Indian journal of veterinary science and animal husbandry - Volume 1,
Year: 1931
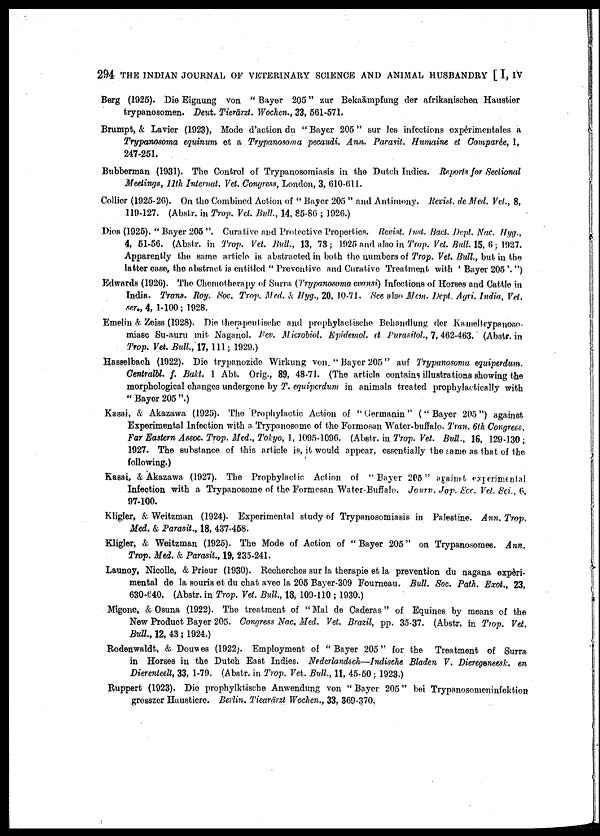
294 THE INDIAN JOURNAL OF VETERINARY SCIENCE AND ANIMAL HUSBANDRY [ I, IV
Berg (1925). Die Eignung von " Bayer 205" zur Bekaämpfung der afrikanischen Haustier
trypanosomen. Deut. Tierārzt. Wochen., 33, 561-571.
Brumpt, & Lavier (1923), Mode d'action du " Bayer 205" sur les infections expérimentales a
Trypanosoma equinum et a Trypanosoma pecaudi. Ann. Parasit. Humaine et Comparée, 1,
247-251.
Bubberman (1931). The Control of Trypanosomiasis in the Dutch Indies. Reports for Sectional
Meetings, 11th Internal. Vet. Congress, London, 3, 610-611.
Collier (1925-26). On the Combined Action of " Bayer 205 " and Antimony. Revist. de Med. Vet., 8,
119-127. (Abstr. in Trop. Vet. Bull, 14, 85-86 ; 1926.)
Dios (1925). "Bayer 205". Curative and Protective Properties. Revist. Inst. Bact. Dept. Nac. Hyg.,
4, 51-56. (Abstr. in Trop. Vet. Bull, 13, 73; 1925 and also in Trop. Vet. Bull. 15, 6; 1927.
Apparently the same article is abstracted in both the numbers of Trop. Vet. Bull., but in the
latter case, the abstract is entitled " Preventive and Curative Treatment with ' Bayer 205 '. ")
Edwards (1926). The Chemotherapy of Surra. (Trypanosoma evansi) Infections of Horses and Cattle in
India. Trans. Roy. Soc. Trop. Med. & Hyg., 20, 10.71. See also Mem. Dept. Agri. India, Vet,
ser.,4, 1-100; 1928.
Emelin & Zeiss (1928). Die therapeutische and prophylactische Behandlung der Kameltrypanoso¬
miasc Su-auru mit Naganol. Rev. Microbiol. Epidemol, et Purasitol., 7,462-463. (Abstr. in
Trop. Vet. Bull„ 17, 111; 1929.)
Haseelbach (1922). Die trypanozide Wirkung von. " Bayer 205" auf Trypanosoma equiperdum.
Centralbl. f. Bakl. 1 Abt. Orig., 89, 48.71. (The article contains illustrations showing the
morphological changes undergone by T. equiperdum in animals treated prophylactically with
" Bayer 205 ".)
Kasai, & Akazawa (1925). The Prophylactic Action of " Germanin" (" Bayer 205") against
Experimental Infection with a Trypanosome of the Formosan Water-buffalo. Tran, 6th Congress.
Far Eastern Assoc. Trop. Med., Tokyo, 1, 1095-1096. (Abstr. in Trop. Vet. Bull., 16, 129-130;
1927. The substance of this article is, it would appear, essentially the same as that of the
following.)
Kasai, & Akazawa (1927). The Prophylactic Action of " Bayer 205" against experimental
Infection with a Trypanosome of the Formosan Water-Buffalo. Journ. Jap. Soc. Vet. Sci., 6.
97-100.
Kligler, & Wei t zman (1924). Experimental study of Trypanosomiasis in Palestine. Ann, Trop.
Med. & Parasit., 18, 437-458.
Kligler, & Wei t zman (1925). The Mode of Action of "Bayer 205" on Trypanosomes. Ann.
Trop. Med. & Parasit., 19, 235-241.
Launoy, Nicolle, & Prieur (1930). Recherches sur la therapie et la prevention du nagana expèri-
mental de la souris et du chat avec la 205 Bayer-309 Fourneau. Bull. Soc. Path. Exot., 23,
630-640. (Abstr. in Trop. Vet. Bull, 18, 109-110 ; 1930. )
Mi gone, & Osuna (1922). The treatment of " Mal de Caderas" of Equines by means of the
New Product Bayer 205. Congress Nac. Med. Vet. Brazil, pp. 35-37. (Abstr. in Tro
Bulk., 12, 43; 1924. )
Rodenwaldt, & Douwes (1922;. Empl oyment of "Bayer 205" for the Treatment of Surra
in Horses in the Dutch East Indies. Nederlandsch—Indiseche
Bladen
Dierenteelt,
33, 1-79. (Abstr. in Trop. Vet. Bull., 11, 45-50; 1923. )
Ruppert (1923). Die prophylktische Anwendung von " Bayer 205" bei Trypanosomeni nfekt i on
grosszer Haustiere. Berlin. Tiearärzt Wochen., 33, 369-370.